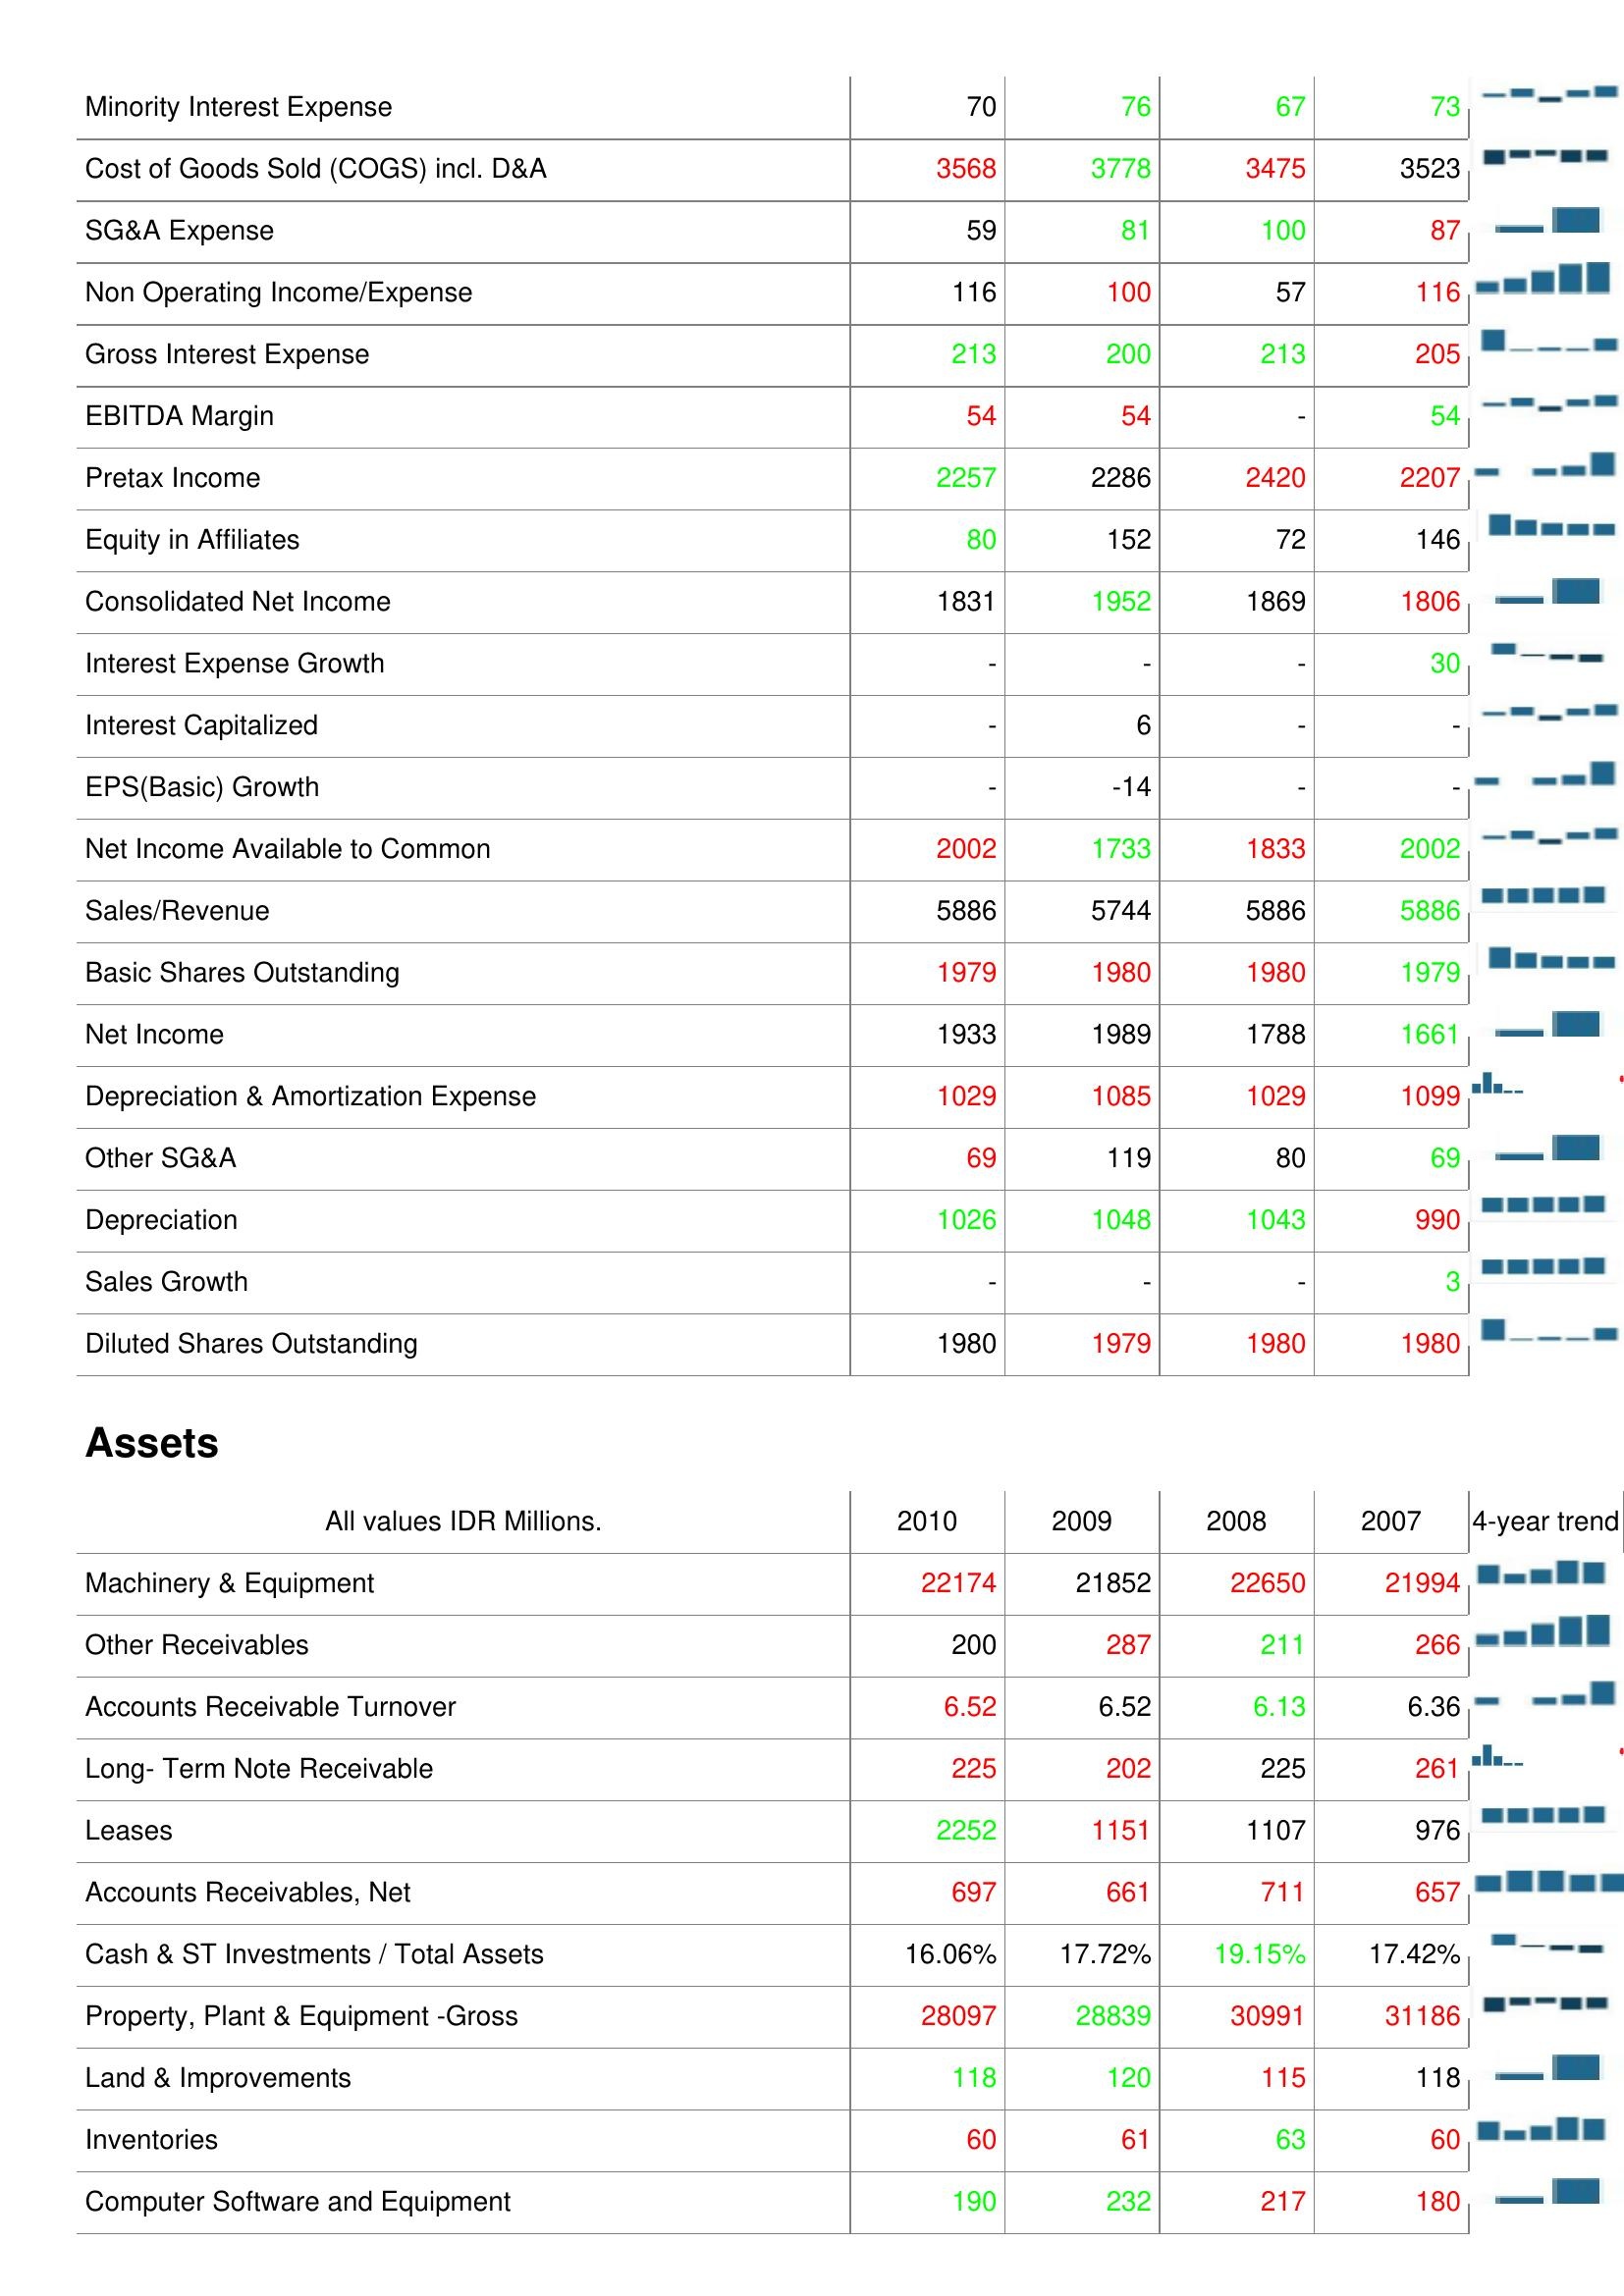
2010: : Minority Interest Expense: 70
Cost of Goods Sold (COGS) incl. D&A: 3568
SG&A Expense: 59
Non Operating Income/Expense: 116
Gross Interest Expense: 213
EBITDA Margin: 54
Pretax Income: 2257
Equity in Affiliates: 80
Consolidated Net Income: 1831
Interest Expense Growth: -
Interest Capitalized: -
EPS(Basic) Growth: -
Net Income Available to Common: 2002
Sales/Revenue: 5886
Basic Shares Outstanding: 1979
Net Income: 1933
Depreciation & Amortization Expense: 1029
Other SG&A: 69
Depreciation: 1026
Sales Growth: -
Diluted Shares Outstanding: 1980
Assets: Machinery & Equipment: 22174
Other Receivables: 200
Accounts Receivable Turnover: 6.52
Long- Term Note Receivable: 225
Leases: 2252
Accounts Receivables, Net: 697
Cash & ST Investments / Total Assets: 16.06%
Property, Plant & Equipment -Gross: 28097
Land & Improvements: 118
Inventories: 60
Computer Software and Equipment: 190
2009: : Minority Interest Expense: 76
Cost of Goods Sold (COGS) incl. D&A: 3778
SG&A Expense: 81
Non Operating Income/Expense: 100
Gross Interest Expense: 200
EBITDA Margin: 54
Pretax Income: 2286
Equity in Affiliates: 152
Consolidated Net Income: 1952
Interest Expense Growth: -
Interest Capitalized: 6
EPS(Basic) Growth: -14
Net Income Available to Common: 1733
Sales/Revenue: 5744
Basic Shares Outstanding: 1980
Net Income: 1989
Depreciation & Amortization Expense: 1085
Other SG&A: 119
Depreciation: 1048
Sales Growth: -
Diluted Shares Outstanding: 1979
Assets: Machinery & Equipment: 21852
Other Receivables: 287
Accounts Receivable Turnover: 6.52
Long- Term Note Receivable: 202
Leases: 1151
Accounts Receivables, Net: 661
Cash & ST Investments / Total Assets: 17.72%
Property, Plant & Equipment -Gross: 28839
Land & Improvements: 120
Inventories: 61
Computer Software and Equipment: 232
2008: : Minority Interest Expense: 67
Cost of Goods Sold (COGS) incl. D&A: 3475
SG&A Expense: 100
Non Operating Income/Expense: 57
Gross Interest Expense: 213
EBITDA Margin: -
Pretax Income: 2420
Equity in Affiliates: 72
Consolidated Net Income: 1869
Interest Expense Growth: -
Interest Capitalized: -
EPS(Basic) Growth: -
Net Income Available to Common: 1833
Sales/Revenue: 5886
Basic Shares Outstanding: 1980
Net Income: 1788
Depreciation & Amortization Expense: 1029
Other SG&A: 80
Depreciation: 1043
Sales Growth: -
Diluted Shares Outstanding: 1980
Assets: Machinery & Equipment: 22650
Other Receivables: 211
Accounts Receivable Turnover: 6.13
Long- Term Note Receivable: 225
Leases: 1107
Accounts Receivables, Net: 711
Cash & ST Investments / Total Assets: 19.15%
Property, Plant & Equipment -Gross: 30991
Land & Improvements: 115
Inventories: 63
Computer Software and Equipment: 217
2007: : Minority Interest Expense: 73
Cost of Goods Sold (COGS) incl. D&A: 3523
SG&A Expense: 87
Non Operating Income/Expense: 116
Gross Interest Expense: 205
EBITDA Margin: 54
Pretax Income: 2207
Equity in Affiliates: 146
Consolidated Net Income: 1806
Interest Expense Growth: 30
Interest Capitalized: -
EPS(Basic) Growth: -
Net Income Available to Common: 2002
Sales/Revenue: 5886
Basic Shares Outstanding: 1979
Net Income: 1661
Depreciation & Amortization Expense: 1099
Other SG&A: 69
Depreciation: 990
Sales Growth: 3
Diluted Shares Outstanding: 1980
Assets: Machinery & Equipment: 21994
Other Receivables: 266
Accounts Receivable Turnover: 6.36
Long- Term Note Receivable: 261
Leases: 976
Accounts Receivables, Net: 657
Cash & ST Investments / Total Assets: 17.42%
Property, Plant & Equipment -Gross: 31186
Land & Improvements: 118
Inventories: 60
Computer Software and Equipment: 180